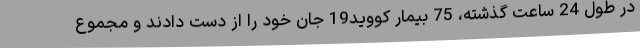
در طول 24 ساعت گذشته، 75 بیمار کووید19 جان خود را از دست دادند و مجموع